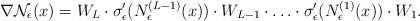
LaTeX: \begin{align*}\nabla \mathcal{N}_{\epsilon}(x)=W_{L} \cdot \sigma_{\epsilon}'( N_{\epsilon}^{(L-1)}(x)) \cdot W_{L-1} \cdot \ldots \cdot \sigma_{\epsilon}'(N_{\epsilon}^{(1)}(x))\cdot W_{1}.\end{align*}